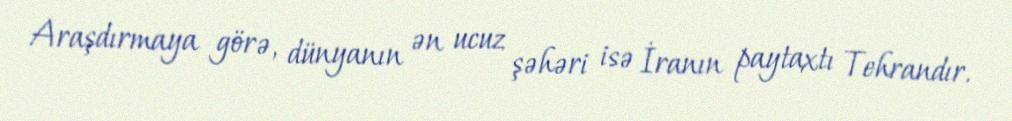
Araşdırmaya görə, dünyanın ən ucuz şəhəri isə İranın paytaxtı Tehrandır.